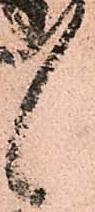
候